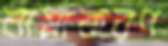
নামাকরণ